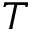
T